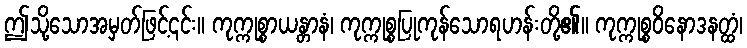
ဤသို့သောအမှတ်ဖြင့်၎င်း။ ကုက္ကုစ္စာယန္တာနံ၊ ကုက္ကုစ္စပြုကုန်သောရဟန်းတို့၏။ ကုက္ကုစ္စဝိနောဒနတ္ထံ၊